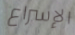
الإسراع